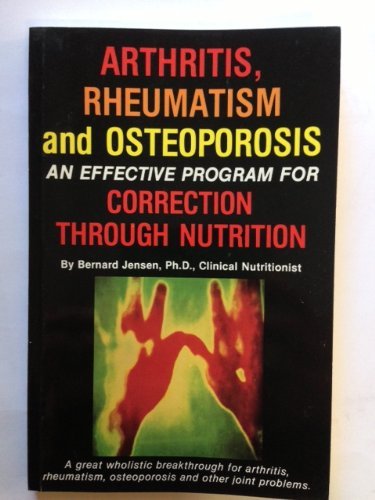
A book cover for Arthritis, Rheumatism and Osteoporosis; B. Jensen; Health, Fitness & Dieting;